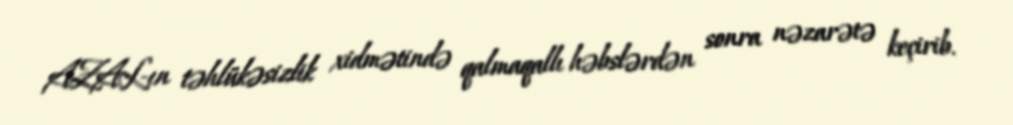
AZAL-ın təhlükəsizlik xidmətində qalmaqallı həbslərdən sonra nəzarətə keçirib.